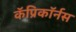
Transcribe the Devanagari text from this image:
कॅप्रिकॉर्नस